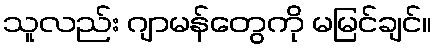
သူလည်း ဂျာမန်တွေကို မမြင်ချင်။